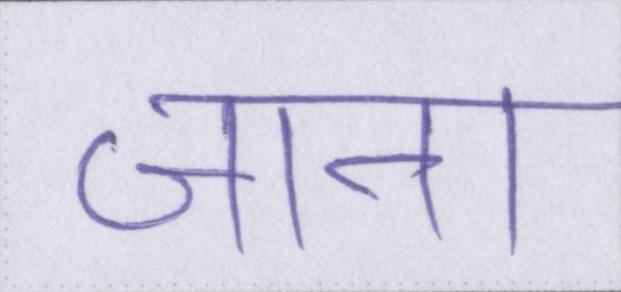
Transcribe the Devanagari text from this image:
जाना